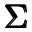
\pmb { \Sigma }